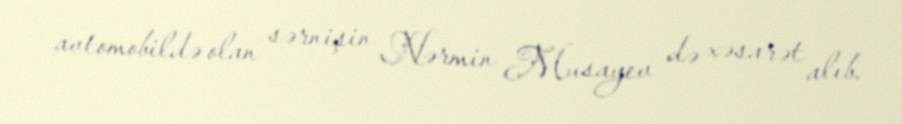
avtomobildə olan sərnişin Nərmin Musayev də xəsarət alıb.